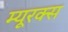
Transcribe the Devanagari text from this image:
म्यूरक्स